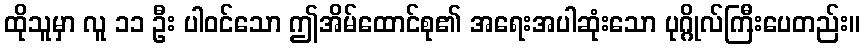
ထိုသူမှာ လူ ၁၁ ဦး ပါဝင်သော ဤအိမ်ထောင်စု၏ အရေးအပါဆုံးသော ပုဂ္ဂိုလ်ကြီးပေတည်း။